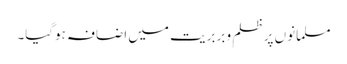
مسلمانوں پر ظلم و بربریت میں اضافہ ہوگیا۔